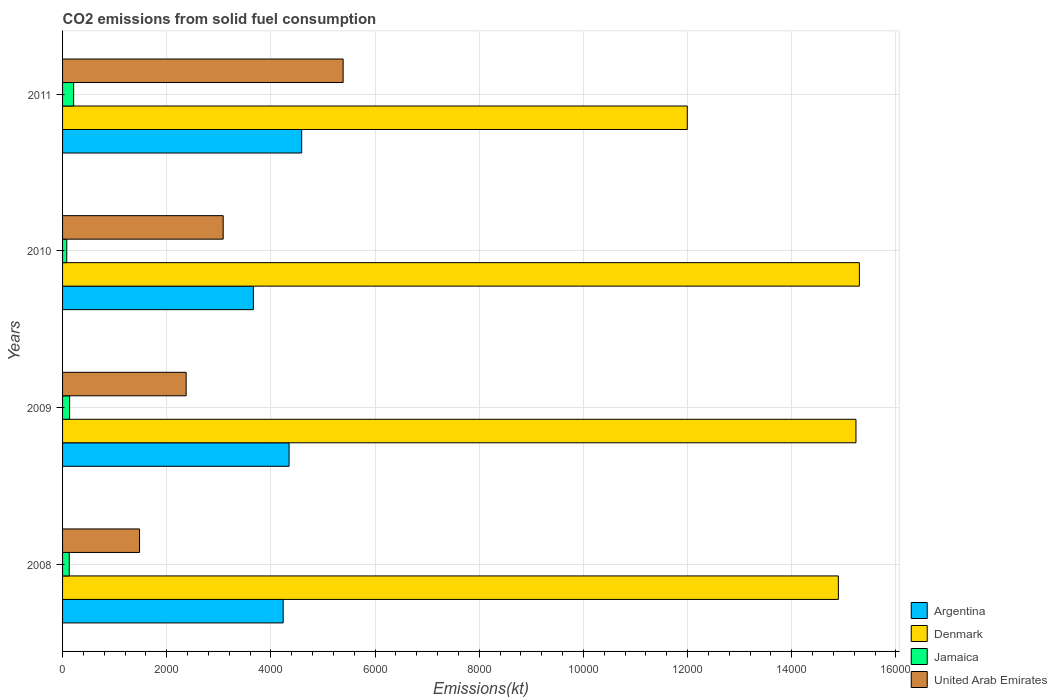
| Years | Argentina | Denmark | Jamaica | United Arab Emirates |
 | --- | --- | --- | --- | --- |
 | 2008 | 4.24e+03 | 1.49e+04 | 128 | 1.48e+03 |
 | 2009 | 4.35e+03 | 1.52e+04 | 136 | 2.37e+03 |
 | 2010 | 3.66e+03 | 1.53e+04 | 80.7 | 3.08e+03 |
 | 2011 | 4.59e+03 | 1.2e+04 | 213 | 5.39e+03 |